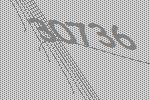
30736